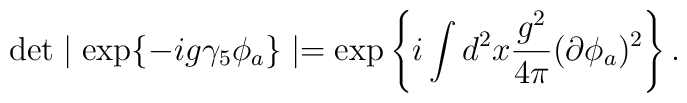
\det\mid\exp\{-ig\gamma_5\phi_a\}\mid = \exp\left\{i\int d^2 x \frac{g^2}{4\pi}(\partial\phi_a)^2\right\}.